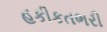
હકીકતભરી